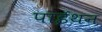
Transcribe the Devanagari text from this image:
पाईथन